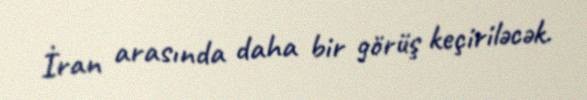
İran arasında daha bir görüş keçiriləcək.